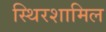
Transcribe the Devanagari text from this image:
स्थिरशामिल